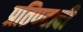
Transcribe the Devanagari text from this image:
प्रतिपदादी